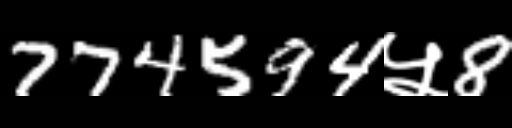
Text: 774594५8